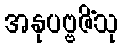
အနုပဗ္ဗဇိံသု